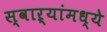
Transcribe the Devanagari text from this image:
स्वाऱ्यांमध्ये